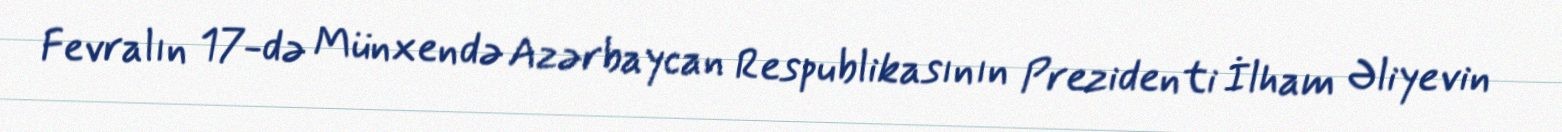
Fevralın 17-də Münxendə Azərbaycan Respublikasının Prezidenti İlham Əliyevin